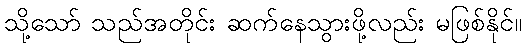
သို့သော် သည်အတိုင်း ဆက်နေသွားဖို့လည်း မဖြစ်နိုင်။